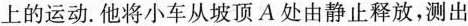
上的运动.他将小车从坡顶A处由静止释放，测出